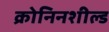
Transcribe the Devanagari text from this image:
क्रोनिनशील्ड